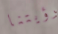
رؤيتنا